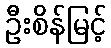
ဦးစိန်မြင့်